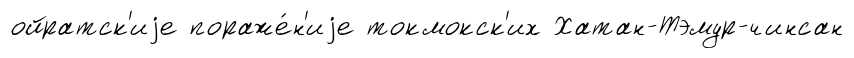
ойратск'иjе пораже́н'иjе токмокск'их Хатан-Тэмур-чинсан